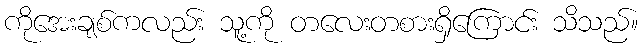
ကိုအေးချစ်ကလည်း သူ့ကို တလေးတစားရှိကြောင်း သိသည်။